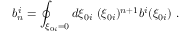
b _ { n } ^ { i } = \oint _ { \xi _ { 0 i } = 0 } d \xi _ { 0 i } \ ( \xi _ { 0 i } ) ^ { n + 1 } b ^ { i } ( \xi _ { 0 i } ) \ .